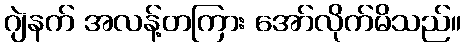
ဂျဲနက် အလန့်တကြား အော်လိုက်မိသည်။